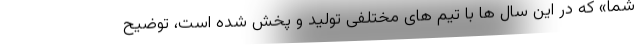
شما» که در این سال ها با تیم های مختلفی تولید و پخش شده است، توضیح